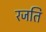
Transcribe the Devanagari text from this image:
रजति